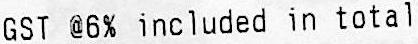
GST @6% INCLUDED IN TOTAL